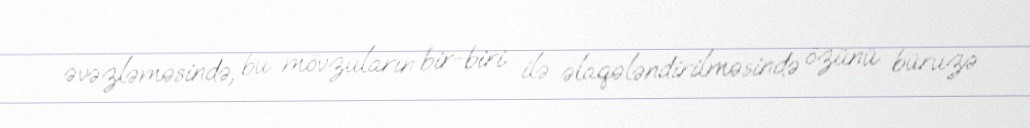
əvəzləməsində, bu mövzuların bir-biri ilə əlaqələndirilməsində özünü büruzə